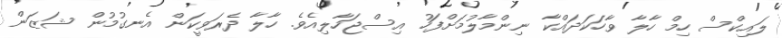
ލައިކްސް ހިމް ހާލާ ވާހަކަދައްކާ ނިންމާލުމަށްފަހު އިސްޖަހާލިއެވެ. ހާލާ ދެރަވީކަން އެނގުމުން ޝަޒަން